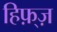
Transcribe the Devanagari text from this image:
हिफ़्ज़